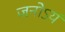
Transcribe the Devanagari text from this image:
जनोऽयं